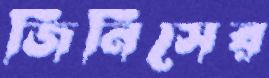
জিনিসের